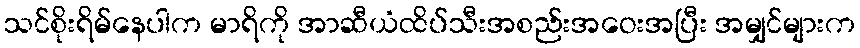
သင်စိုးရိမ်နေပါက မာရိကို အာဆီယံထိပ်သီးအစည်းအဝေးအပြီး အမျှင်များက